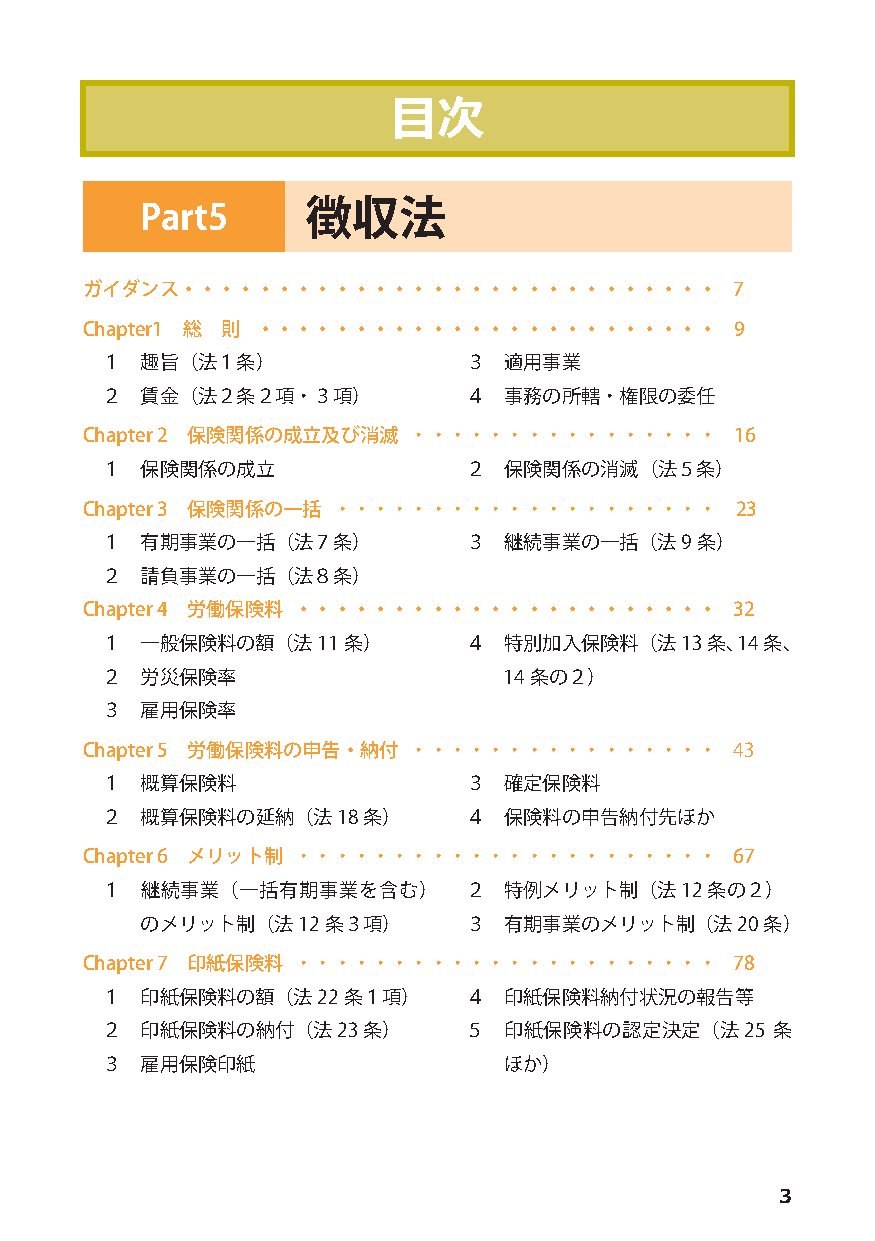
目次
 Part5      徴収法
 ガイダンス・・・・・・・・・・・・・・・・・・・・・・・・・・・・          7
 Chapter1 総 則 ・・・・・・・・・・・・・・・・・・・・・・・・       9
 １ 趣旨（法１条）               ３ 適用事業
 ２ 賃金（法２条２項・３項）          ４ 事務の所轄・権限の委任
 Chapter 2 保険関係の成立及び消滅 ・・・・・・・・・・・・・・・・      16
 １ 保険関係の成立               ２ 保険関係の消滅（法５条）
 Chapter 3 保険関係の一括 ・・・・・・・・・・・・・・・・・・・・      23
 １ 有期事業の一括（法７条）          ３ 継続事業の一括（法9   条）
 ２ 請負事業の一括（法８条）
 Chapter 4 労働保険料 ・・・・・・・・・・・・・・・・・・・・・・     32
 １ 一般保険料の額（法11   条）      ４ 特別加入保険料（法13   条、14 条、
 ２ 労災保険率                   14 条の２）
 ３ 雇用保険率
 Chapter 5 労働保険料の申告・納付 ・・・・・・・・・・・・・・・・     43
 １ 概算保険料                 ３ 確定保険料
 ２ 概算保険料の延納（法18   条）     ４ 保険料の申告納付先ほか
 Chapter 6 メリット制 ・・・・・・・・・・・・・・・・・・・・・・     67
 １ 継続事業（一括有期事業を含む）       ２ 特例メリット制（法12   条の２）
 のメリット制（法12  条３項）      ３ 有期事業のメリット制（法20   条）
 Chapter 7 印紙保険料 ・・・・・・・・・・・・・・・・・・・・・・     78
 １ 印紙保険料の額（法22   条１項）    ４ 印紙保険料納付状況の報告等
 ２ 印紙保険料の納付（法23   条）     ５ 印紙保険料の認定決定（法25    条
 ３ 雇用保険印紙                  ほか）
 3